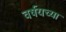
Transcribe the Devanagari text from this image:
वर्षयच्या